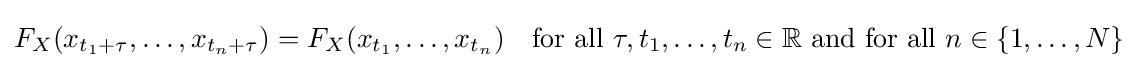
F_{X}(x_{t_{1}+\tau },\ldots ,x_{t_{n}+\tau })=F_{X}(x_{t_{1}},\ldots ,x_{t_{n}})\quad {\text{for all }}\tau ,t_{1},\ldots ,t_{n}\in \mathbb {R} {\text{ and for all }}n\in \{1,\ldots ,N\}